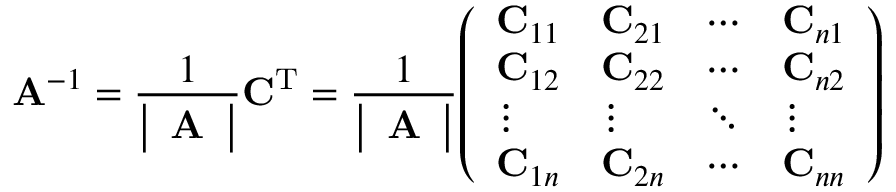
\mathbf { A } ^ { - 1 } = { \frac { 1 } { \left| \begin{array} { l } { \mathbf { A } } \end{array} \right| } } \mathbf { C } ^ { \mathrm { T } } = { \frac { 1 } { \left| \begin{array} { l } { \mathbf { A } } \end{array} \right| } } { \left( \begin{array} { l l l l } { \mathbf { C } _ { 1 1 } } & { \mathbf { C } _ { 2 1 } } & { \cdots } & { \mathbf { C } _ { n 1 } } \\ { \mathbf { C } _ { 1 2 } } & { \mathbf { C } _ { 2 2 } } & { \cdots } & { \mathbf { C } _ { n 2 } } \\ { \vdots } & { \vdots } & { \ddots } & { \vdots } \\ { \mathbf { C } _ { 1 n } } & { \mathbf { C } _ { 2 n } } & { \cdots } & { \mathbf { C } _ { n n } } \end{array} \right) }